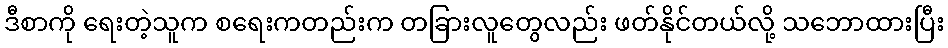
ဒီစာကို ရေးတဲ့သူက စရေးကတည်းက တခြားလူတွေလည်း ဖတ်နိုင်တယ်လို့ သဘောထားပြီး